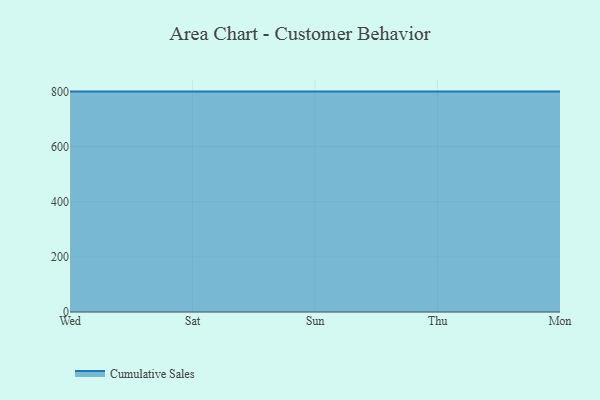
{"axis": {"x": "Day", "y": "Operating Costs (USD K)"}, "legend": ["Cumulative Sales"], "data": [{"x": "Wed", "y": 800, "type": "Cumulative Sales"}, {"x": "Sat", "y": 800, "type": "Cumulative Sales"}, {"x": "Sun", "y": 800, "type": "Cumulative Sales"}, {"x": "Thu", "y": 800, "type": "Cumulative Sales"}, {"x": "Mon", "y": 800, "type": "Cumulative Sales"}]}